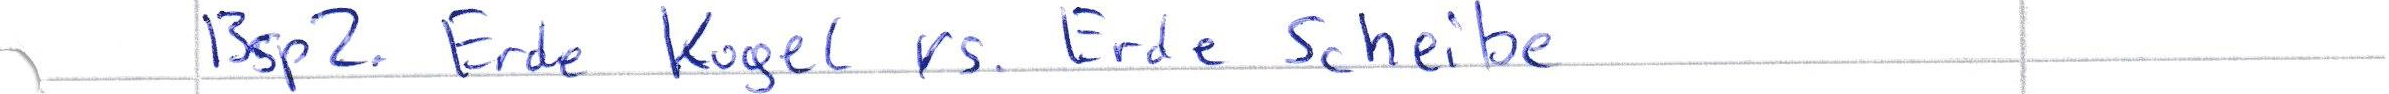
Bsp. Erde Kugel vs. Erde Scheibe